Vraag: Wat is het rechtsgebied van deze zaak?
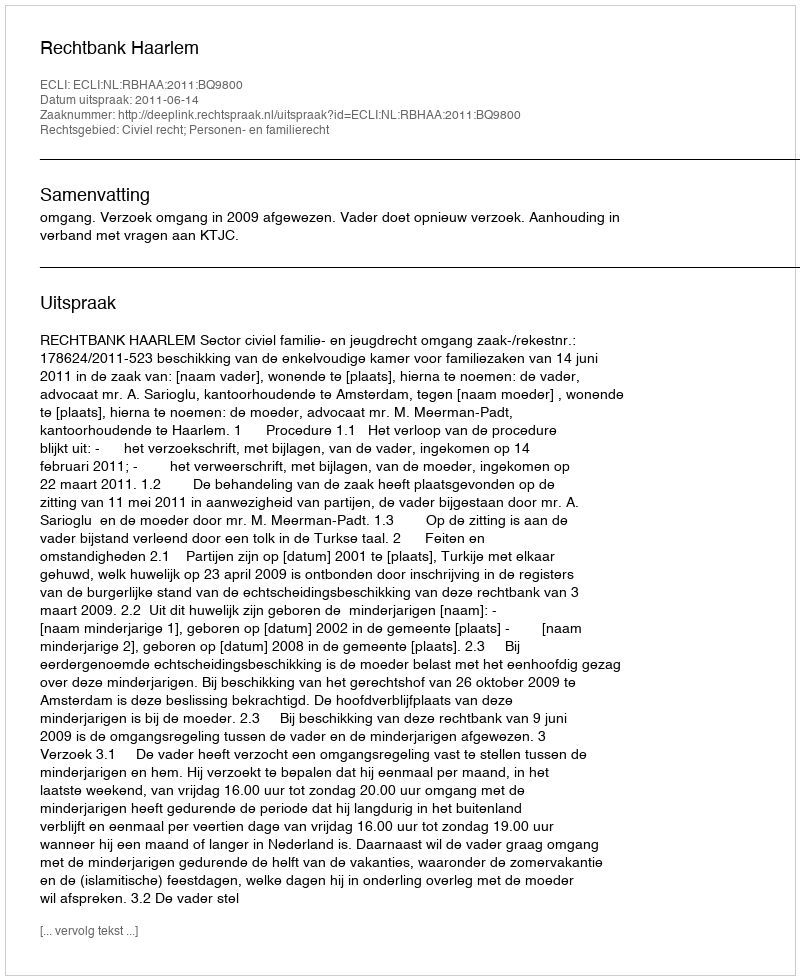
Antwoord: Civiel recht; Personen- en familierecht